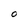
Character: O